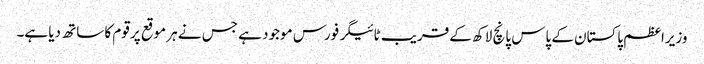
وزیراعظم پاکستان کے پاس پانچ لاکھ کے قریب ٹائیگر فورس موجود ہے جس نے ہر موقع پر قوم کا ساتھ دیا ہے۔